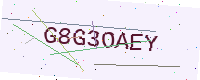
Text: G8G3OAEY